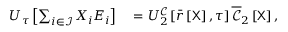
\begin{array} { r l } { \boldsymbol { U } _ { \u { \tau } } \left[ \sum _ { i \in \mathcal { I } } X _ { i } \boldsymbol { E } _ { i } \right] } & { { } = U _ { 2 } ^ { \mathcal { C } } \left[ \bar { r } \left[ \mathsf { X } \right] , \tau \right] \overline { { \boldsymbol { \mathscr { C } } } } _ { 2 } \left[ \mathsf { X } \right] , } \end{array}